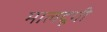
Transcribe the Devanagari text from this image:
मालदूगी